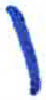
אות: ו